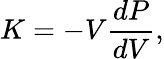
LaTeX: K=-V\frac{dP}{dV},